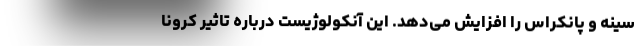
سینه و پانکراس را افزایش می‌دهد. این آنکولوژیست درباره تاثیر کرونا